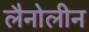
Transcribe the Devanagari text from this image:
लैनोलीन